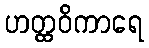
ဟတ္ထဝိကာရေ